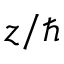
z / \hbar